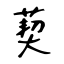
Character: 葜